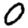
Digit: 0